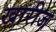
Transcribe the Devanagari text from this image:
खारीज